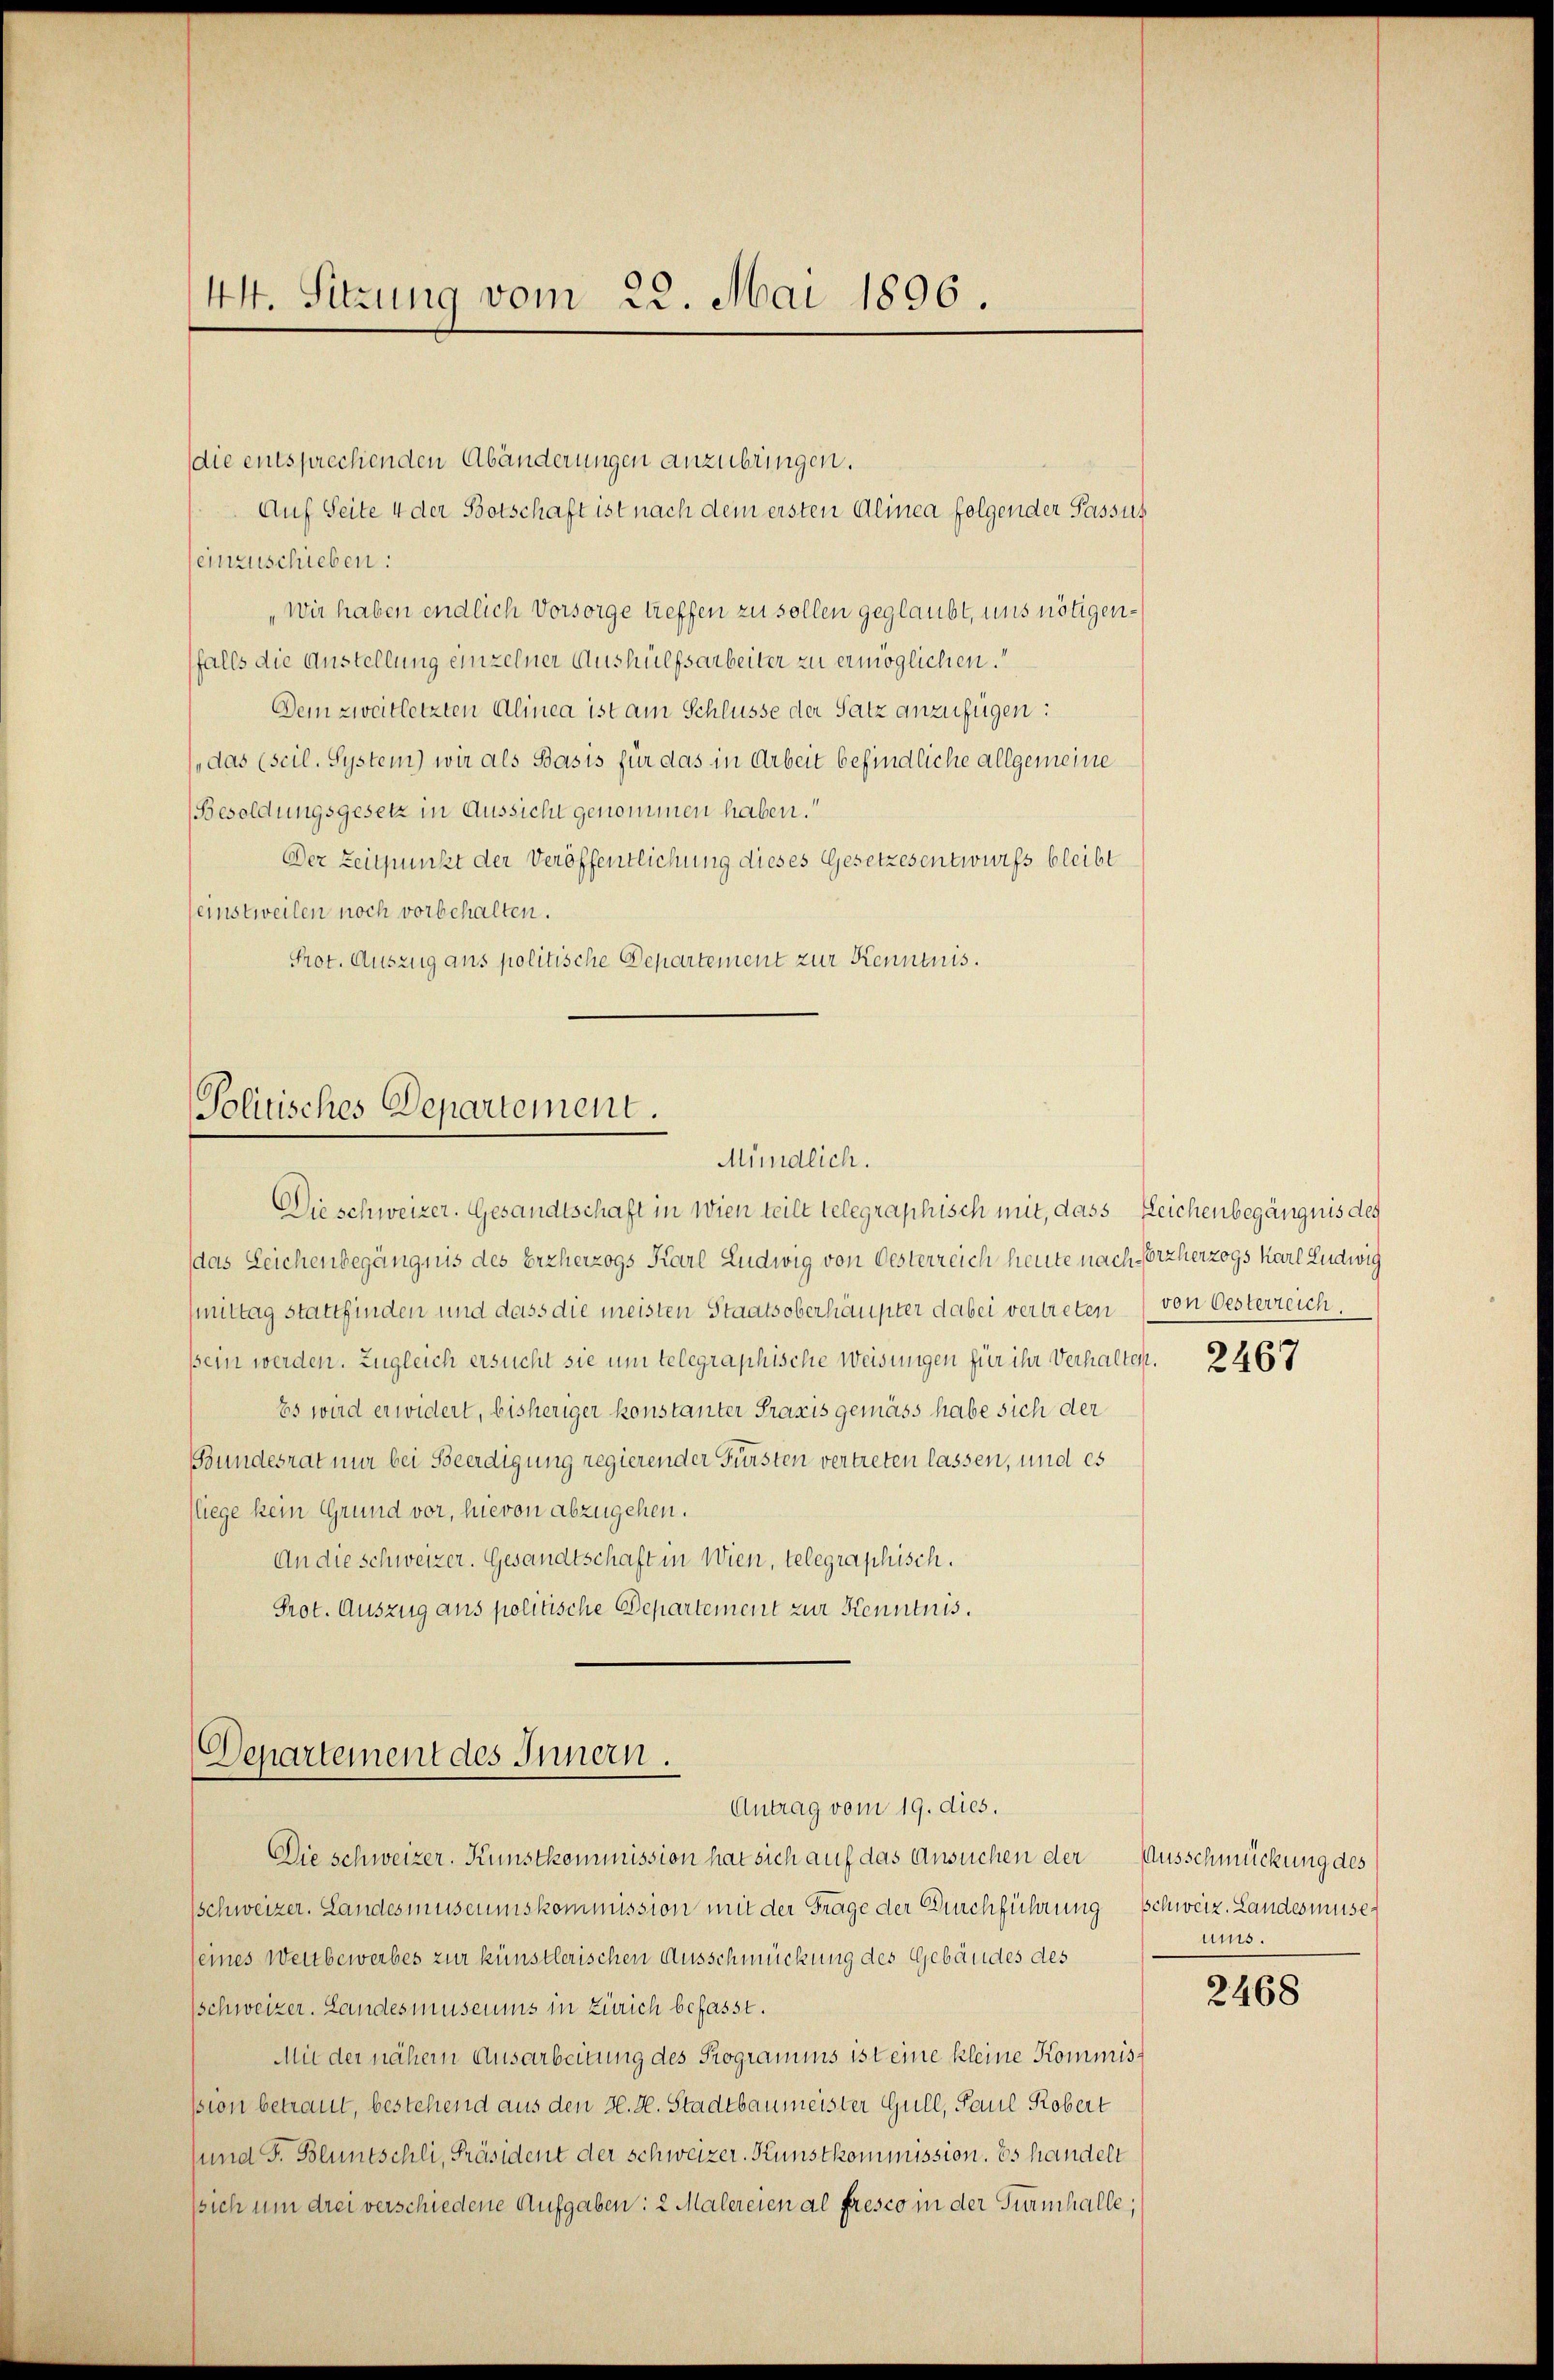
44. Sitzung vom 22. Mai 1896.

die entsprechenden Abänderungen anzubringen.
Auf Seite 4 der Botschaft ist nach dem ersten Alinea folgender Passus
einzuschieben:
„Wir haben endlich Vorsorge treffen zu sollen geglaubt, uns nötigenfalls die Austellung einzelner Aushülfsarbeiter zu ermöglichen.
Dein zweitletzten Alinea ist am Schlüsse der Satz anzufügen:
(das (scil. System) wir als Basis für das in Arbeit befindliche allgemeine
(Besoldungsgesetz in Aussicht genommen haben.
Der Zeitpunkt der Veröffentlichung dieses Gesetzesentwurfs bleibt
einstweilen noch vorbehalten.
Prot. Auszug aus politische Departement zur Kenntnis.

Politisches Departement.
Mündlich.

Departement des Innern.
Antrag vom 19. dies.

Die schweizer. Gesandtschaft in Wien teilt telegraphisch mit, dass Leichenbegängnis des
das Leichenbegängnis des Erzherzogs Karl Ludwig von Oesterreich heute nach Porzherzogs Karl Ludwig
mittag stattfinden und dass die meisten Staatsoberhäupter dabei vertreten
sein werden. Zugleich ersucht sie un telegraphische Weisungen für ihr Verhalten
Es wird erwidert, bisheriger konstanter Praxis gemäss habe sich der
Bundesrat nur bei Beerdigung regierender Fürsten vertreten lassen, und es
liege kein Grund vor, hievon abzugehen.
An die Schweizer. Gesandtschaft in Wien, telegraphisch.
Prot. Auszug aus politische Departement zur Kenntnis.

Die schweizer. Kunstkommission hat sich auf das Ansuchen der
sschweizer. Landesmuseumskommission mit der Frage der Durchführung schweiz. Landesmüseseines Wettbewerbes zur künstlerischen Ausschmückung des Gebäudes des
schweizer. Landesmuseums in Zürich befasst.
Mit der nähern Ausarbeitung des Programms ist eine kleine Kommisssion betraut, bestehend aus den H. H. Stadtbaumeister Gull, Paul Robert
und F. Bluntschli, Präsident der schweizer. Kunstkommission. Es handelt
sich um drei verschiedene Aufgaben: 2 Malereien al fresco in der Turnhalle,

von Oesterreich.

2467

Ausschmückung des
mus.

2468